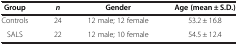
| Group | n | Gender | Age (mean ± S.D.) |
 | --- | --- | --- | --- |
 | Controls | 24 | 12 male; 12 female | 53.2 ± 16.8 |
 | SALS | 22 | 12 male; 10 female | 54.5 ± 12.4 |